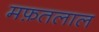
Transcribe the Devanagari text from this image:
मफ़तलाल